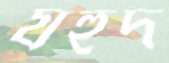
যহুদ